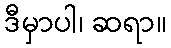
ဒီမှာပါ၊ ဆရာ။